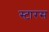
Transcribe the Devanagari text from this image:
स्टारस